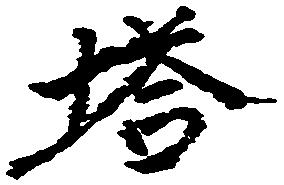
塔